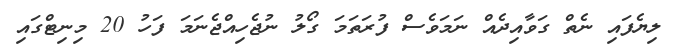
ލިޔެފައި ނެތް ގަވާއިދެއް ނަމަވެސް ފުރަތަމަ ގޯލު ނުޖެހިއްޖެނަމަ ފަހު 20 މިނިޓްގައި